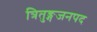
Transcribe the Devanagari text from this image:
त्रितुङ्गजनपद